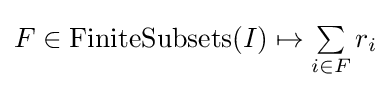
F\in \operatorname {FiniteSubsets} (I)\mapsto \textstyle \sum \limits _{i\in F}r_{i}